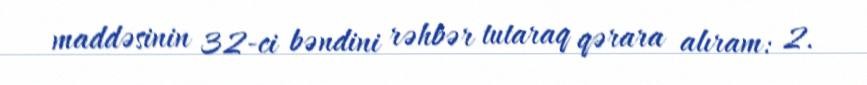
maddəsinin 32-ci bəndini rəhbər tutaraq qərara alıram: 2.